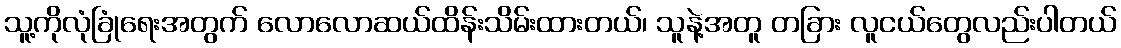
သူ့ကိုလုံခြုံရေးအတွက် လောလောဆယ်ထိန်းသိမ်းထားတယ်၊ သူနဲ့အတူ တခြား လူငယ်တွေလည်းပါတယ်